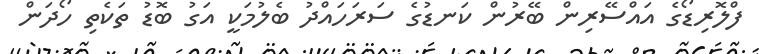
ފްލޮރިޑޯގެ އައްސޭރިން ބޭރުން ކަނޑުގެ ސަރަހައްދު ބެލުމަކީ އަގު ބޮޑު ތަކެތި ހޯދަން